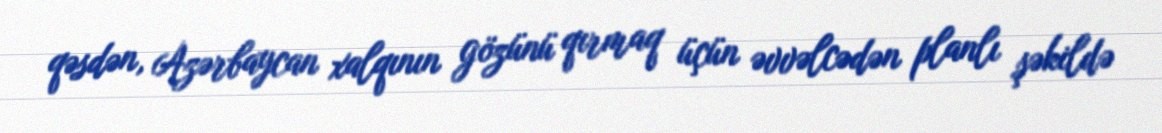
qəsdən, Azərbaycan xalqının gözünü qırmaq üçün əvvəlcədən planlı şəkildə